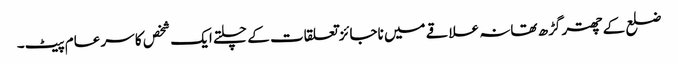
ضلع کے چھتر گڑھ تھانہ علاقے میں ناجائز تعلقات کے چلتے ایک شخص کا سر عام پیٹ۔